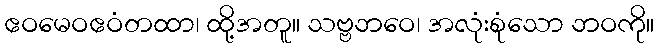
ဧဝမေဝဧဝံတထာ၊ ထို့အတူ။ သဗ္ဗဘဝေ၊ အလုံးစုံသော ဘဝကို။